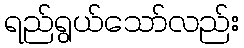
ရည်ရွယ်သော်လည်း